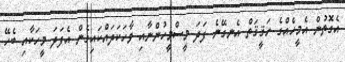
އެގޮތުން އެމީހެއްގެ ހަޤީޤަތް އެނގޭނެ ފަދަ މީސްމީހުންނާއި ވާހަކަދައްކައިގެން އެފަދަ މީހަކާއި ބެހޭ